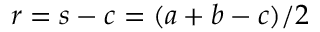
\displaystyle r = s - c = ( a + b - c ) / 2